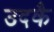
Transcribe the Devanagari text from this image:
उदकै